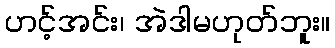
ဟင့်အင်း၊ အဲဒါမဟုတ်ဘူး။